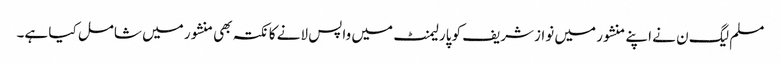
مسلم لیگ ن نے اپنے منشور میں نوازشریف کو پارلیمنٹ میں واپس لانے کا نکتہ بھی منشور میں شامل کیا ہے۔